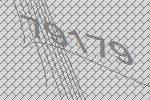
79179